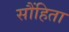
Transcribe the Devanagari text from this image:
सौंहिता